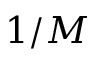
1 / M